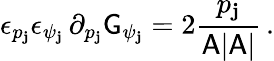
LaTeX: \epsilon_{p_{\mathbf{j}}}\epsilon_{\psi_{\mathbf{j}}}\, \partial_{p_{\mathbf{j}}}\mathsf{{G}}_{\psi_{\mathbf{j}}}=2\frac{{p_{\mathbf{j}}}}{{\mathsf{{A}}|\mathsf{{A}}|}}\, .